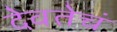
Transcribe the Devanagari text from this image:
देवतेचं